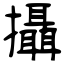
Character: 攝